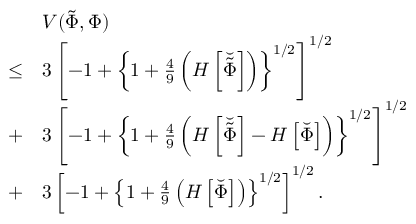
\begin{array} { r l } & { V ( \tilde { \Phi } , \Phi ) } \\ { \leq } & { 3 \left[ - 1 + \left\{ 1 + \frac { 4 } { 9 } \left( H \left[ \breve { \tilde { \Phi } } \right] \right) \right\} ^ { 1 / 2 } \right] ^ { 1 / 2 } } \\ { + } & { 3 \left[ - 1 + \left\{ 1 + \frac { 4 } { 9 } \left( H \left[ \breve { \tilde { \Phi } } \right] - H \left[ \breve { \Phi } \right] \right) \right\} ^ { 1 / 2 } \right] ^ { 1 / 2 } } \\ { + } & { 3 \left[ - 1 + \left\{ 1 + \frac { 4 } { 9 } \left( H \left[ \breve { \Phi } \right] \right) \right\} ^ { 1 / 2 } \right] ^ { 1 / 2 } . } \end{array}